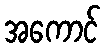
အကောင်